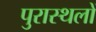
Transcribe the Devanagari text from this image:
पुरास्थलों